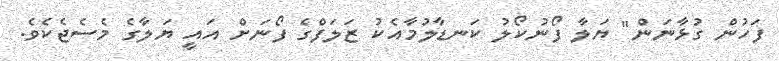
ފަހުން ގުޅާނަން" ޔަލާ ފޯނުކޯލު ކަނޑާލުމާއެކު ޒަލަފްގެ ފޯނަށް އައީ ޔަލާގެ މެސެޖެކެވެ.